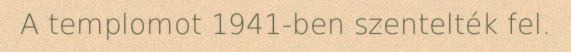
A templomot 1941-ben szentelték fel.